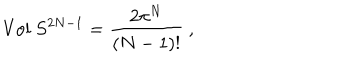
\mathrm { V o l } \ S ^ { 2 N - 1 } = \frac { 2 \pi ^ { N } } { ( N - 1 ) ! } \ ,